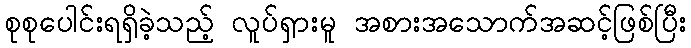
စုစုပေါင်းရရှိခဲ့သည့် လူပ်ရှားမူ အစားအသောက်အဆင့်ဖြစ်ပြီး